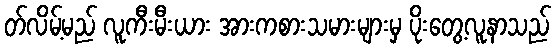
တ်လိမ့်မည် လူကီးမီးယား အားကစားသမားများမှ ပိုးတွေ့လူနာသည်